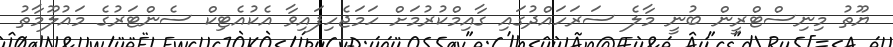
ޔޫތު މިނިސްޓްރީން ބުނީ މާލެ ސަރަހައްދުގައި ގާއިމްކުރުމަށް ހަމަޖެހިފައިވާ އެކުއެޓިކް ސެންޓަރުގެ މައުލޫމާތު